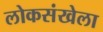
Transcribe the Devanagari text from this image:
लोकसंखेला